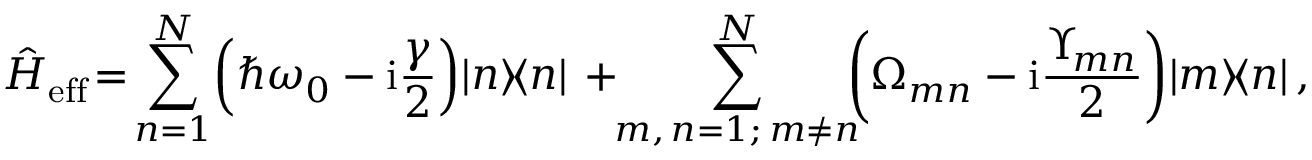
\! \! \hat { H } _ { \mathrm { e f f } } \! = \! \sum _ { n = 1 } ^ { N } \! \left( \hbar \omega _ { 0 } - \mathrm { i } \frac { \gamma } { 2 } \right) \! | n \rangle \! \langle n | \, + \! \! \sum _ { { m , \, n = 1 ; \, m \neq n } } ^ { N } \! \! \! \left( \Omega _ { m n } - \mathrm { i } \frac { \Upsilon _ { \! m n } } { 2 } \right) \! \left| m \rangle \! \langle n \right| ,